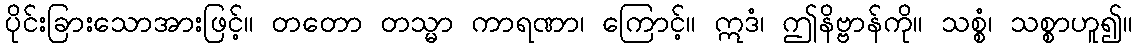
ပိုင်းခြားသောအားဖြင့်။ တတော တသ္မာ ကာရဏာ၊ ကြောင့်။ ဣဒံ၊ ဤနိဗ္ဗာန်ကို။ သစ္စံ၊ သစ္စာဟူ၍။